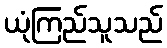
ယုံကြည်သူသည်